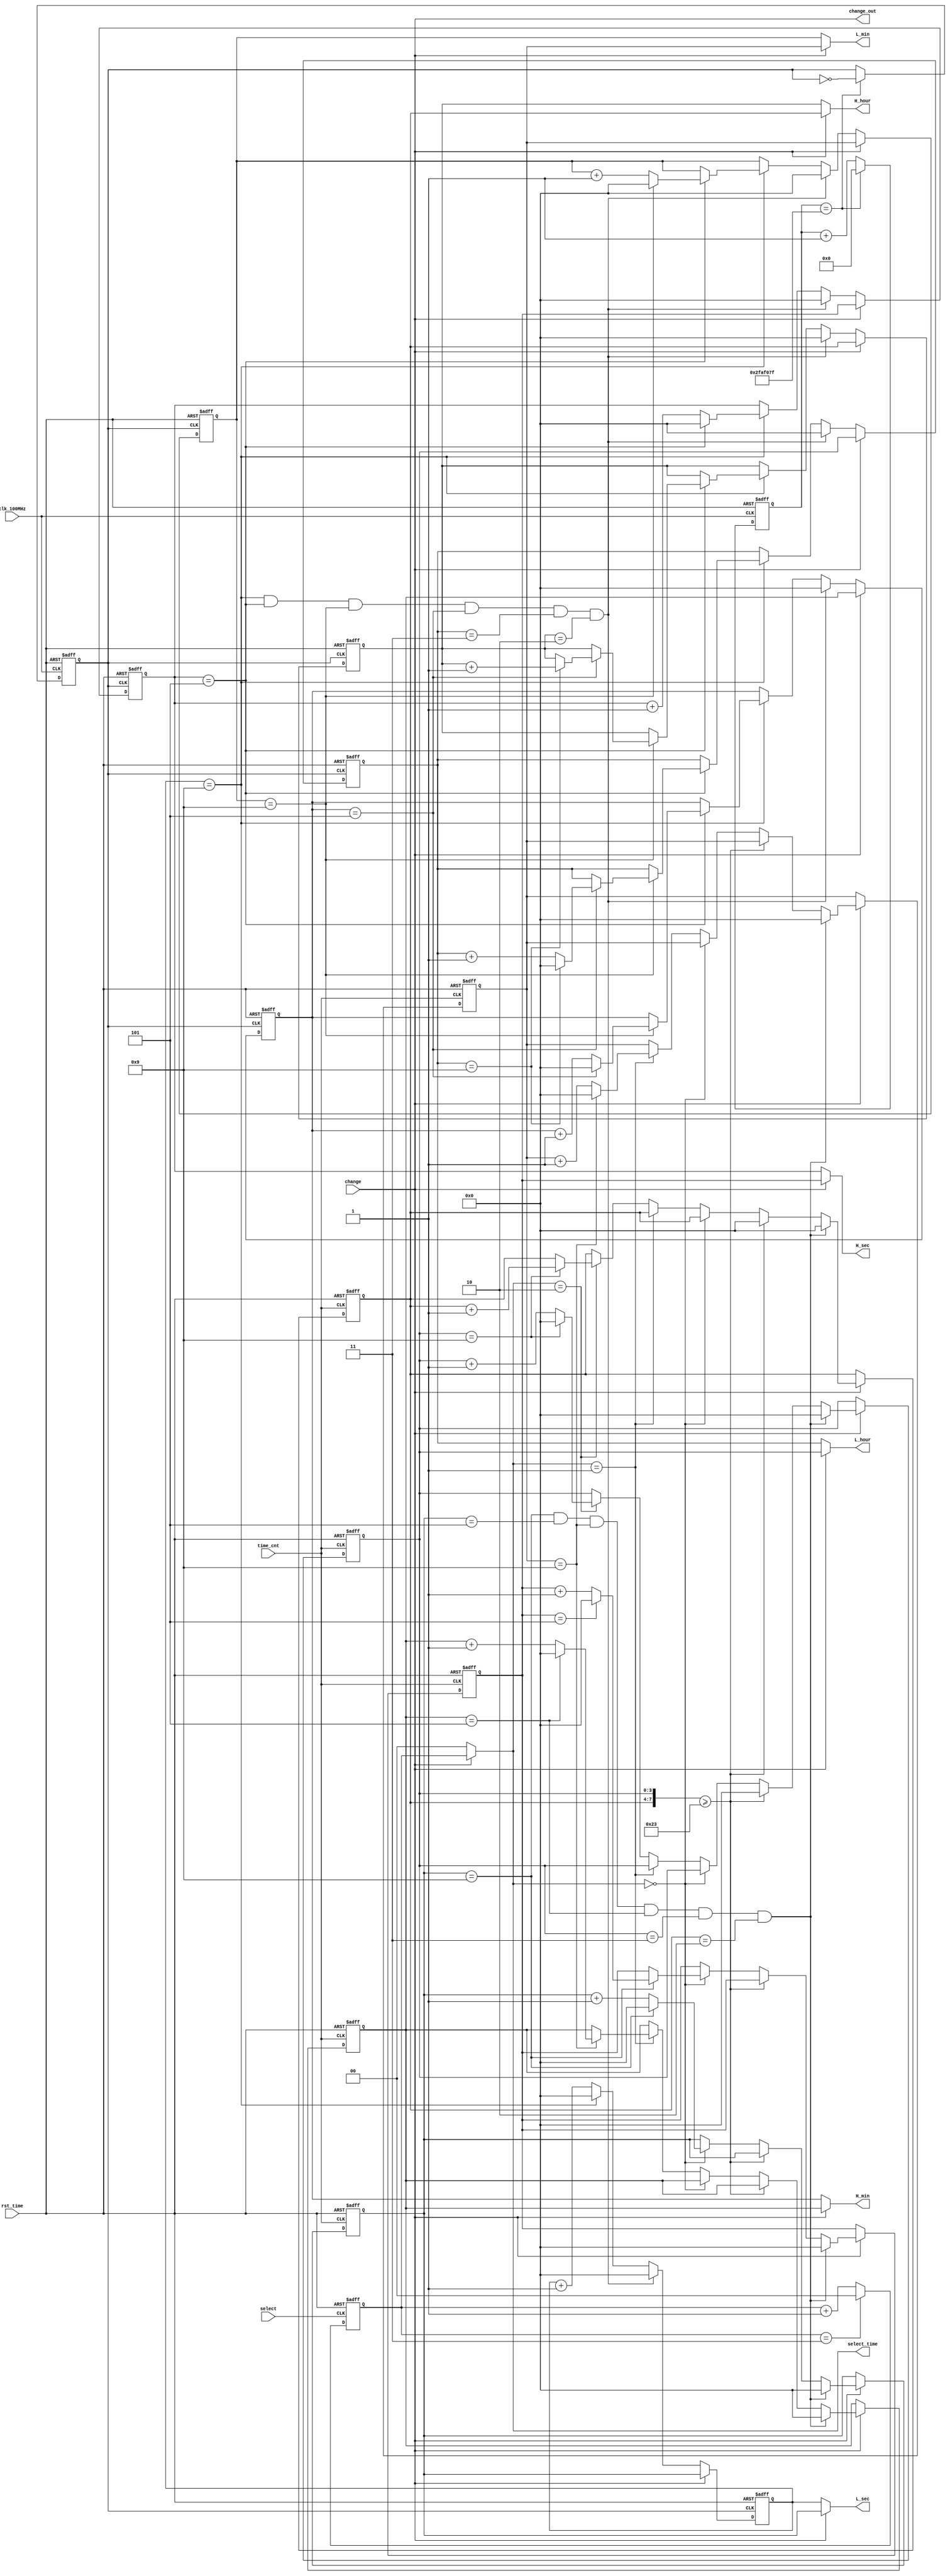
`timescale 1ns / 1ps
//////////////////////////////////////////////////////////////////////////////////
// Company: 
// Engineer: 
// 
// Design Name: 
// Module Name: Clock_display
// Project Name: 
// Target Devices: 
// Tool Versions: 
// Description: 
// 
// Dependencies: 
// 
// Revision:
// Revision 0.01 - File Created
// Additional Comments:
// 
//////////////////////////////////////////////////////////////////////////////////
module Clock_display(
    input clk_100MHz,
    input rst_time,
    input select,           //          
    input time_cnt,         //1+1                
    input change,           //change1           
    output [3:0] L_sec,
    output [3:0] H_sec,
    output [3:0] L_min,
    output [3:0] H_min,
    output [3:0] L_hour,
    output [3:0] H_hour,
    output [1:0] select_time,      //
    output change_out
    );
    reg clk_1Hz = 1'b0;
    parameter time_N = 1_0000_0000;      //100MHz1000Hz
    reg [31:0] cnt;
    always @ (posedge clk_100MHz, negedge rst_time)
    begin
        if(!rst_time)
        begin
            cnt <= 0; 
            clk_1Hz <= 0;
        end
        else if(cnt == time_N/2 - 1)
        begin
            cnt <= 0;
            clk_1Hz <= ~clk_1Hz;
        end
        else
            cnt <= cnt + 1;
    end
    
    //
    reg [3:0] L_sec_auto;
    reg [3:0] H_sec_auto;
    reg [3:0] L_min_auto;
    reg [3:0] H_min_auto;
    reg [3:0] L_hour_auto;
    reg [3:0] H_hour_auto;
    reg [3:0] L_sec_hand;
    reg [3:0] H_sec_hand;
    reg [3:0] L_min_hand;
    reg [3:0] H_min_hand;
    reg [3:0] L_hour_hand;
    reg [3:0] H_hour_hand;
    
    always @ (posedge clk_1Hz, negedge rst_time)//
    begin
        if(!rst_time)
        begin
            L_sec_auto <= 4'b0000;
            H_sec_auto <= 4'b0000;
            L_min_auto <= 4'b0000;
            H_min_auto <= 4'b0000;
            L_hour_auto <= 4'b0000;
            H_hour_auto <= 4'b0000;
        end
        else if(change == 0)
        begin
            //
            if(L_sec_auto == 4'b1001 && H_sec_auto == 4'b0101 && L_min_auto == 4'b1001 && H_min_auto == 4'b0101 && L_hour_auto == 4'b0011 && H_hour_auto == 4'b0010)
            begin
                L_sec_auto <= 4'b0000;
                H_sec_auto <= 4'b0000;
                L_min_auto <= 4'b0000;
                H_min_auto <= 4'b0000;
                L_hour_auto <= 4'b0000;
                H_hour_auto <= 4'b0000;
            end
            else
            begin
                if(L_sec_auto == 9)
                begin
                    L_sec_auto <= 0;
                    if(H_sec_auto == 5)
                    begin
                        H_sec_auto <= 0;
                        if(L_min_auto == 9)
                        begin
                            L_min_auto <= 0;
                            if(H_min_auto == 5)
                            begin
                                H_min_auto <= 0;
                                if(L_hour_auto == 9)        //0910
                                begin
                                    L_hour_auto <= 0;
                                    H_hour_auto <= H_hour_auto + 1;
                                end
                                else
                                    L_hour_auto <= L_hour_auto + 1;
                                end
                            else
                                H_min_auto <= H_min_auto + 1;
                            end
                        else
                            L_min_auto <= L_min_auto + 1;    
                        end
                    else
                        H_sec_auto <= H_sec_auto + 1;    
                    end
                else
                    L_sec_auto <= L_sec_auto + 1;
                end
            end
        else if(change == 1)        //
        begin
            L_sec_auto <= L_sec_hand;
            H_sec_auto <= H_sec_hand;
            L_min_auto <= L_min_hand;
            H_min_auto <= H_min_hand;
            L_hour_auto <= L_hour_hand;
            H_hour_auto <= H_hour_hand;
        end
    end
    
    //
    reg [1:0] select_time_reg;  //012
    always @ (posedge select, negedge rst_time)
    begin
        if(!rst_time)
            select_time_reg = 0;
        else if(select_time_reg == 2'b11)
            select_time_reg = 0;
        else
            select_time_reg = select_time_reg + 1;
    end
    assign change_out = change;
    assign select_time = change ? select_time_reg : 0; //0

    always @ (posedge time_cnt, negedge rst_time)
    begin
        if(!rst_time)
        begin
            L_sec_hand<= 4'b0000;
            H_sec_hand<= 4'b0000;
            L_min_hand<= 4'b0000;
            H_min_hand<= 4'b0000;
            L_hour_hand <= 4'b0000;
            H_hour_hand <= 4'b0000;
        end
        else if(change == 1)
        begin
            //
            if(L_sec_hand == 4'b1001 && L_sec_hand == 4'b0101 && L_min_hand == 4'b1001 && H_min_hand == 4'b0101 && L_hour_hand == 4'b0011 && H_hour_hand == 4'b0010)
            begin
                L_sec_hand <= 4'b0000;
                H_sec_hand <= 4'b0000;
                L_min_hand <= 4'b0000;
                H_min_hand <= 4'b0000;
                L_hour_hand <= 4'b0000;
                H_hour_hand <= 4'b0000;
            end
            else if({H_hour_hand,L_hour_hand} >= 35)  //240010_010036
                {H_hour_hand,L_hour_hand} <= 0;
            else
            begin
                if(select_time == 2'b00)        //
                begin
                    if(L_sec_hand == 9)
                    begin
                        L_sec_hand = 0;
                        if(H_sec_hand == 5)
                            H_sec_hand = 0;
                        else
                            H_sec_hand = H_sec_hand + 1;
                    end
                    else
                        L_sec_hand = L_sec_hand + 1;
                end
                else if(select_time == 2'b01)   //
                begin
                    if(L_min_hand == 9)
                    begin
                        L_min_hand = 0;
                        if(H_min_hand == 5)
                            H_min_hand = 0;
                        else
                            H_min_hand = H_min_hand + 1;
                    end
                    else
                        L_min_hand = L_min_hand + 1;
                end
                else if(select_time == 2'b10)
                begin
                    if(L_hour_hand == 9)
                    begin
                        L_hour_hand = 0;
                        H_hour_hand = H_hour_hand + 1;
                    end
                    else
                        L_hour_hand = L_hour_hand + 1;
                end
            end
        end
    end
    
    //1sassign
    assign L_sec = change ? L_sec_hand : L_sec_auto;
    assign H_sec = change ? H_sec_hand : H_sec_auto;
    assign L_min = change ? L_min_hand : L_min_auto;
    assign H_min = change ? H_min_hand : H_min_auto;
    assign L_hour = change ? L_hour_hand : L_hour_auto;
    assign H_hour = change ? H_hour_hand : H_hour_auto;
endmodule